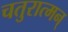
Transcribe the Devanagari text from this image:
चतुरात्मन्